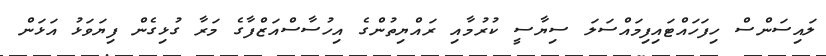
ލައިސަންސް ހިފަހައްޓައިފިމައްސަލަ ސިޔާސީ ކުރުމާއި ރައްޔިތުންގެ އިހުސާސްއަޒްފާގެ މަރާ ގުޅިގެން ފިޔަވަޅު އަޅަން